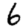
Digit: 6